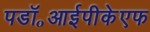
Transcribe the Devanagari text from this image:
पडॉ॰आईपीकेएफ